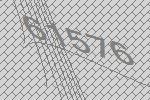
61576